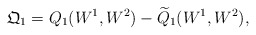
\begin{align*}\mathfrak{Q}_1 = {Q}_{1}(W^1,W^2) - \widetilde{Q}_1(W^1, W^2),\end{align*}